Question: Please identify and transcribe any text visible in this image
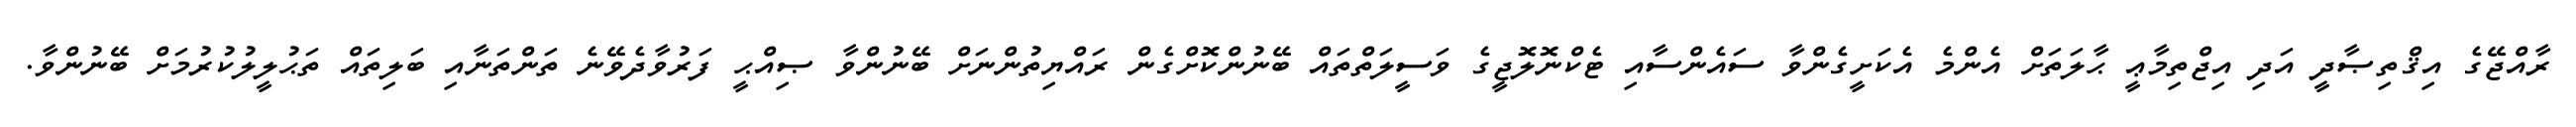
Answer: ރާއްޖޭގެ އިޤްތިޞާދީ އަދި އިޖްތިމާޢީ ޙާލަތަށް އެންމެ އެކަށީގެންވާ ސައެންސާއި ޓެކްނޮލޮޖީގެ ވަސީލަތްތައް ބޭނުންކޮށްގެން ރައްޔިތުންނަށް ބޭނުންވާ ޞިއްޙީ ފަރުވާދެވޭނެ ތަންތަނާއި ބަލިތައް ތަޙުލީލުކުރުމަށް ބޭނުންވާ.